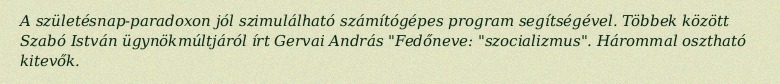
A születésnap-paradoxon jól szimulálható számítógépes program segítségével. Többek között Szabó István ügynökmúltjáról írt Gervai András "Fedőneve: "szocializmus". Hárommal osztható kitevők.